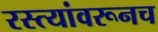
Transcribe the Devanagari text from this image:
रस्त्यांवरूनच